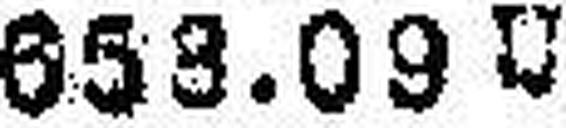
653.09 U